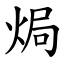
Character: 焗